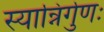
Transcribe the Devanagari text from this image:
स्यान्निर्गुणः